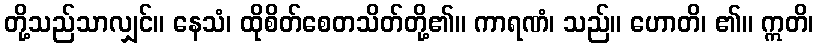
တို့သည်သာလျှင်။ နေသံ၊ ထိုစိတ်စေတသိတ်တို့၏။ ကာရဏံ၊ သည်။ ဟောတိ၊ ၏။ ဣတိ၊